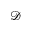
\mathscr { D }